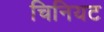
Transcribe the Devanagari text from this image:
चिनियट